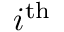
i ^ { \mathrm { t h } }